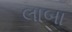
લાબા